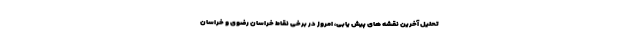
تحلیل آخرین نقشه های پیش یابی، امروز در برخی نقاط خراسان رضوی و خراسان